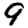
Digit: 9